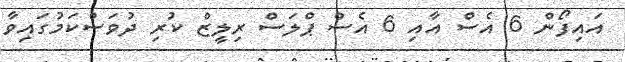
އައިފޯން 6 އެސް އާއި 6 އެސް ޕްލަސް ރިލީޒް ކުރި ދުވަސްކަމުގައިވާ